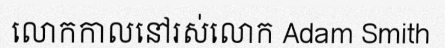
លោកកាលនៅរស់លោក Adam Smith